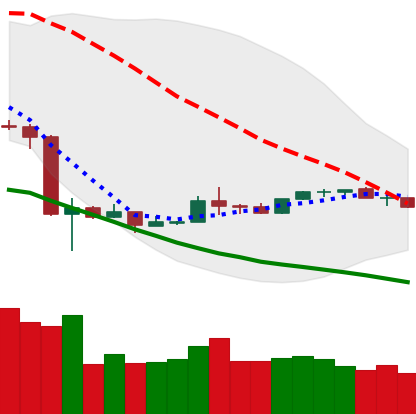
Ticker: NEO-USD
Chart end date: 2020-03-29
Forward return: 13.218%
Label: up_7plus